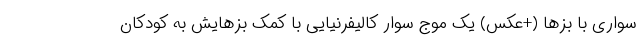
سواری با بُزها (+عکس) یک موج سوار کالیفرنیایی با کمک بُزهایش به کودکان